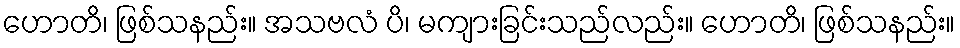
ဟောတိ၊ ဖြစ်သနည်း။ အသဗလံ ပိ၊ မကျားခြင်းသည်လည်း။ ဟောတိ၊ ဖြစ်သနည်း။